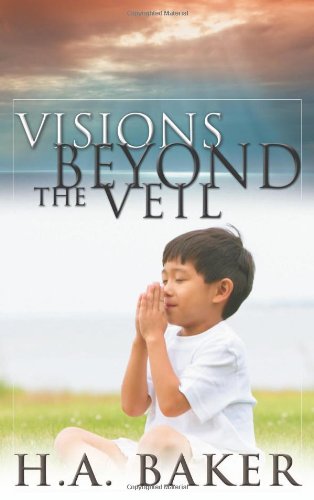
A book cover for Visions Beyond The Veil; H. A. Baker; Christian Books & Bibles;